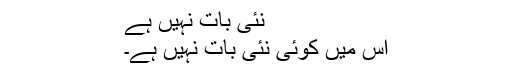
نئی بات نہیں ہے
اس میں کوئی نئی بات نہیں ہے۔